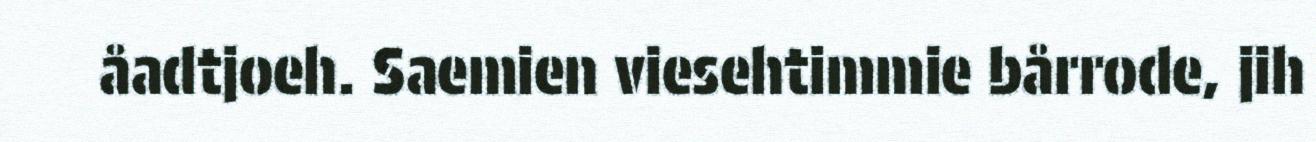
åadtjoeh. Saemien viesehtimmie bårrode, jih